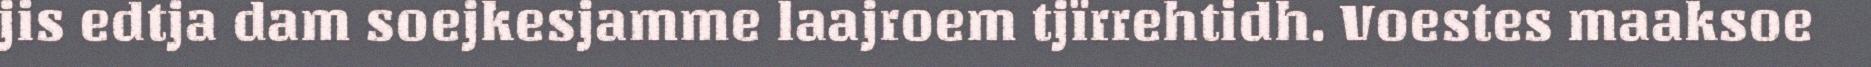
jis edtja dam soejkesjamme laajroem tjïrrehtidh. Voestes maaksoe